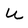
Character: U